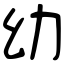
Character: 幼